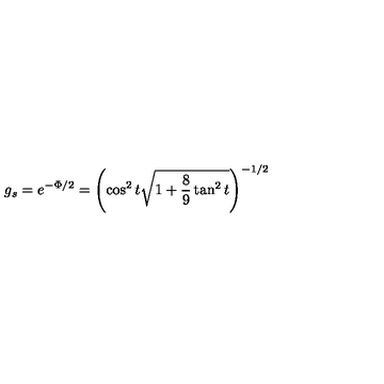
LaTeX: g _ { s } = e ^ { - \Phi / 2 } = \left( \cos ^ { 2 } t \sqrt { 1 + \frac { 8 } { 9 } \tan ^ { 2 } t } \right) ^ { - 1 / 2 }